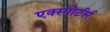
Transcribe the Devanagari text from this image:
एक्स्पोर्टर्स